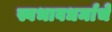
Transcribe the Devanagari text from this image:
स्वभावधर्माचे